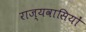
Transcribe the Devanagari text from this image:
राज्यवासियों